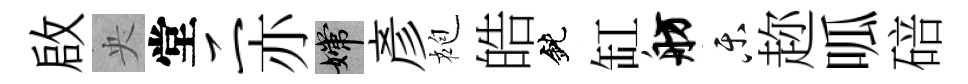
啟央堂二亦嫦彥袍皓鈍缸舫乐趂呱碚